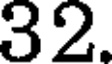
32.